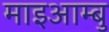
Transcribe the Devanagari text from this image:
माइआम्बु